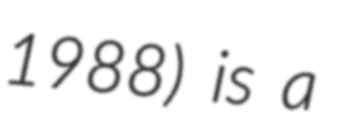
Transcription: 1988) is a